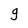
Character: g